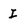
Character: I